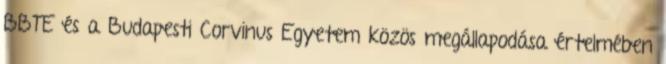
BBTE és a Budapesti Corvinus Egyetem közös megállapodása értelmében